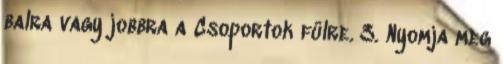
balra vagy jobbra a Csoportok fülre. 3. Nyomja meg